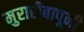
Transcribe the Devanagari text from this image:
मुरारीबापूनी